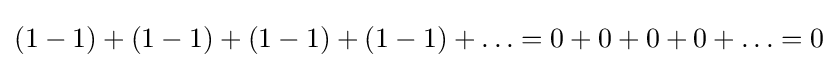
(1-1)+(1-1)+(1-1)+(1-1)+\ldots =0+0+0+0+\ldots =0